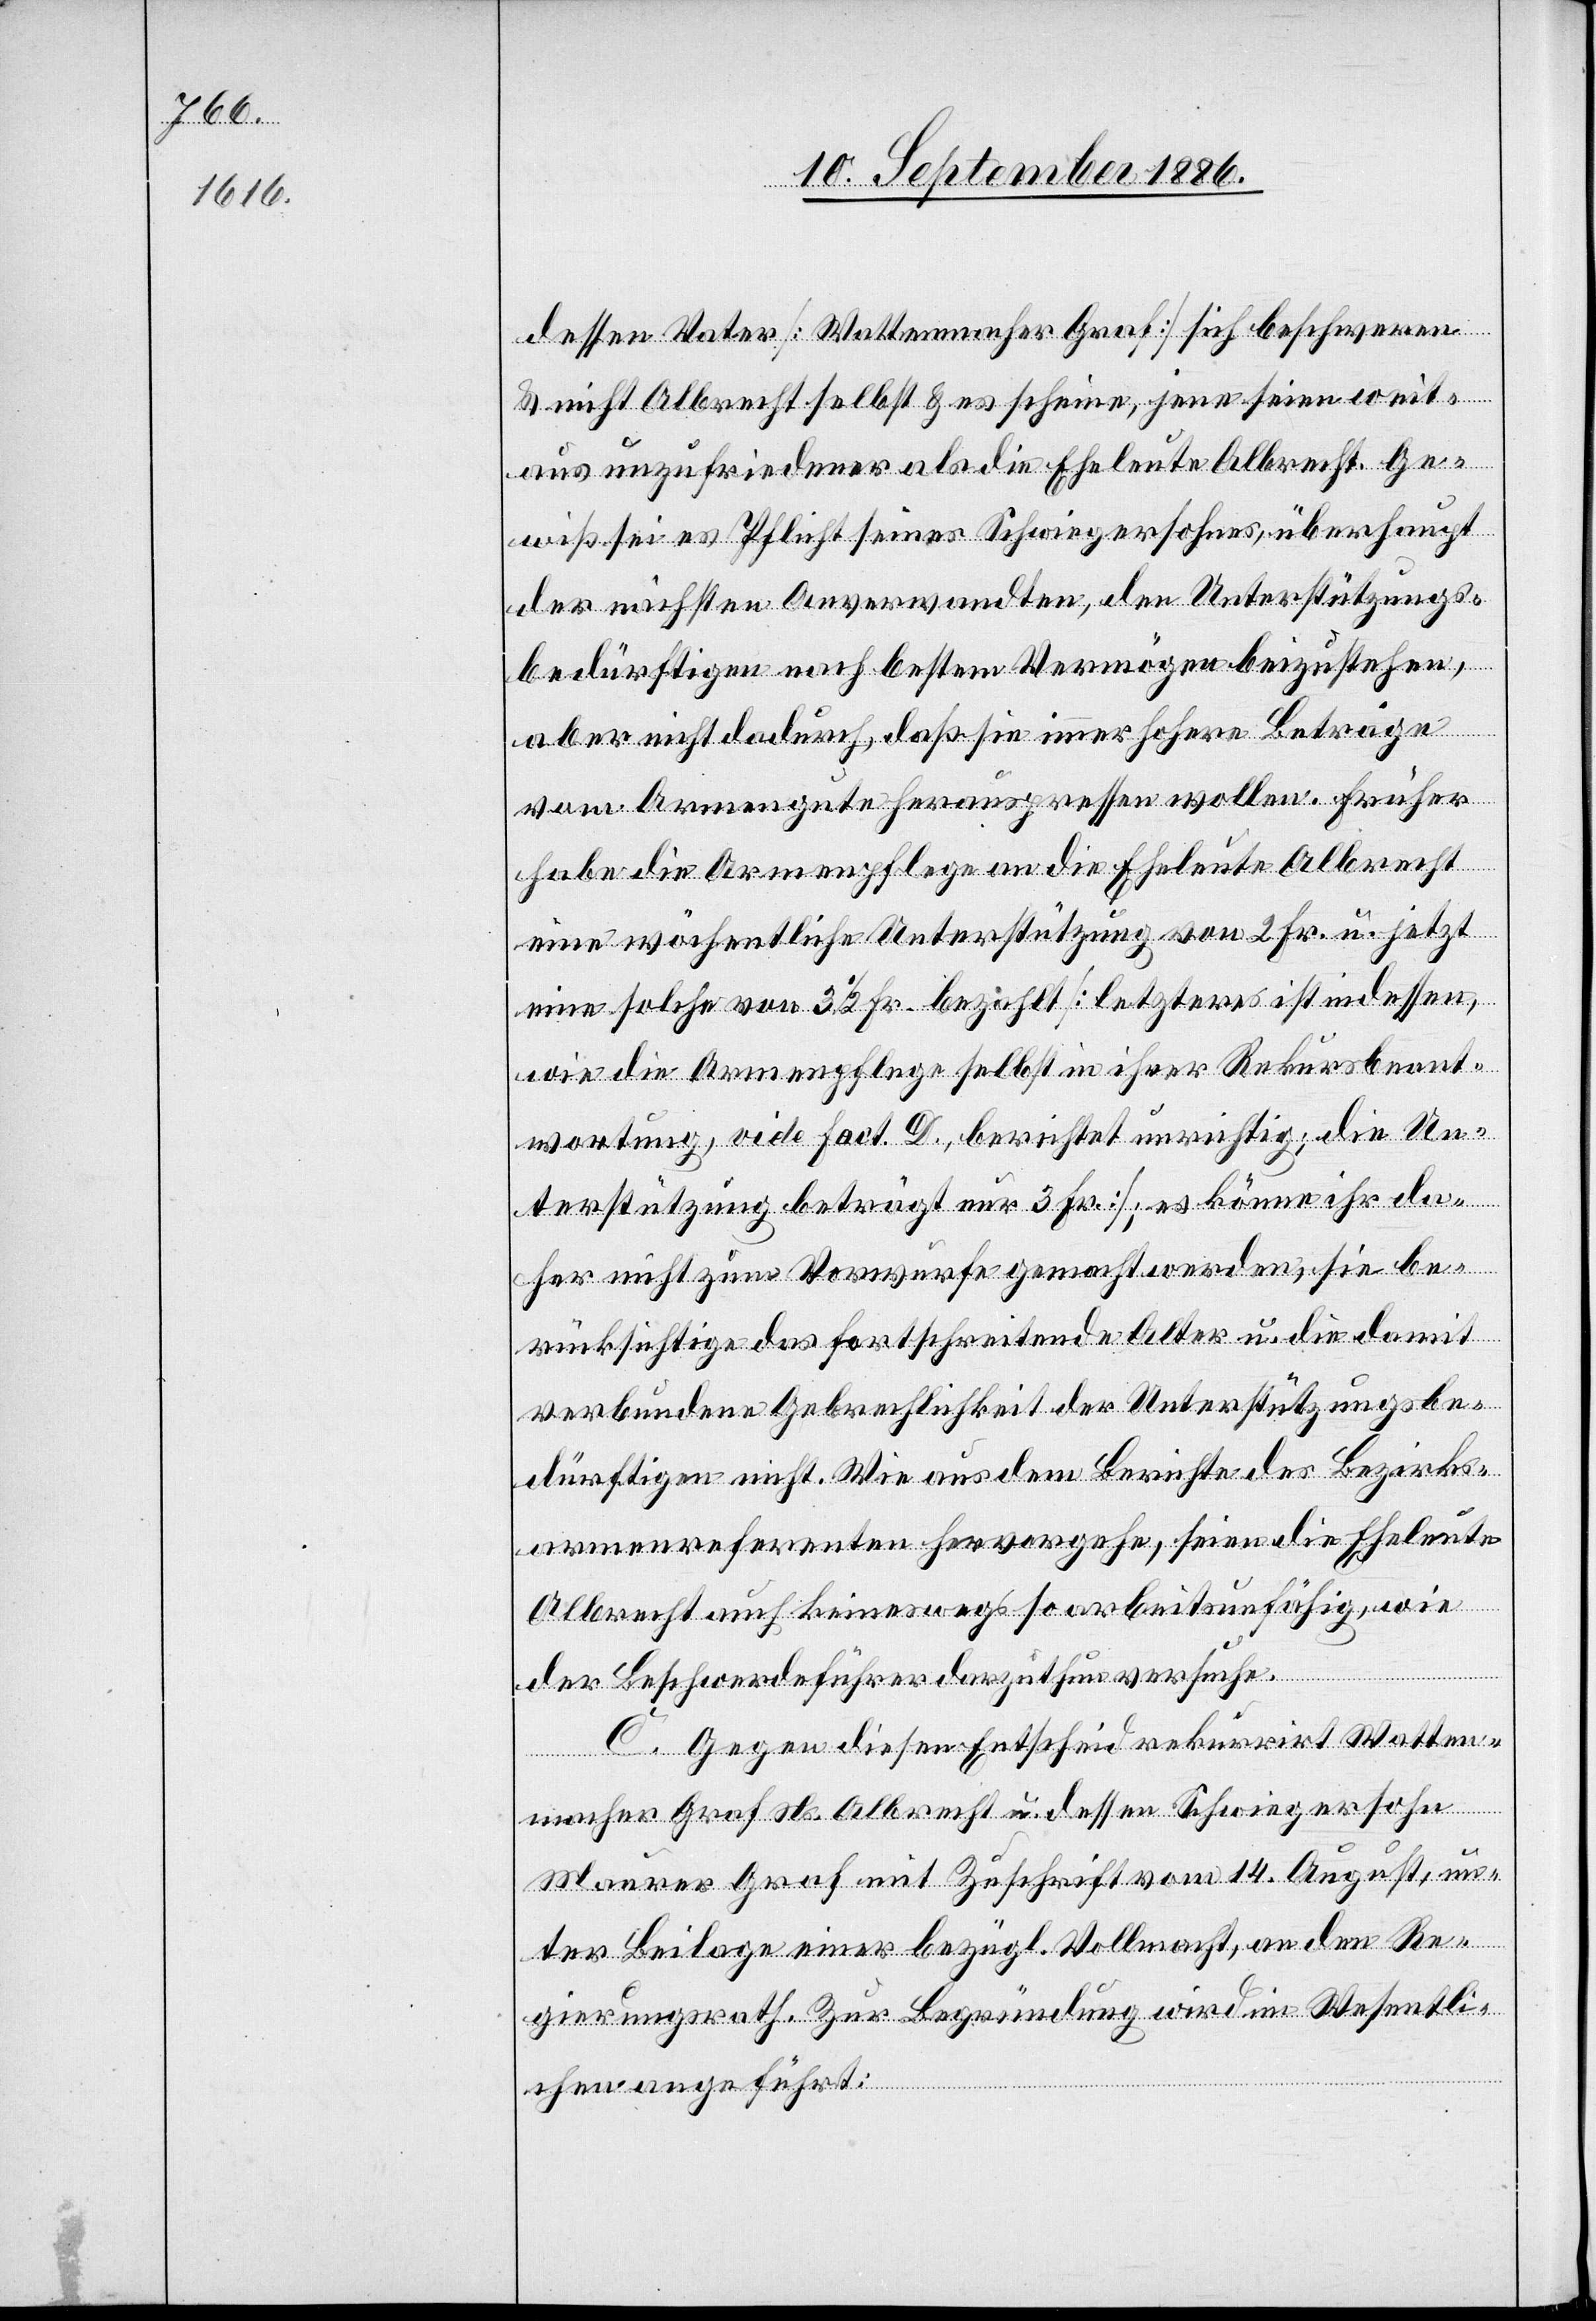
dessen Vater [Wattenmacher Graf] sich beschweren
& nicht Albrecht selbst & es scheine, jene seien weit¬
aus unzufriedener als die Eheleute Albrecht. Ge¬
wiß sei es Pflicht seines Schwiegersohnes, überhaupt
der nächsten Anverwandten, den Unterstützungs¬
bedürftigen nach bestem Vermögen beizustehen,
aber nicht dadurch, daß sie immer hohere [sic!] Beträge
vom Armengute herauspressen wollen. Früher
habe die Armenpflege an die Eheleute Albrecht
eine wöchentliche Unterstützung von 2 Fr. u. jetzt
eine solche von 3 1/2 Fr. bezahlt [letzteres ist indessen,
wie die Armenpflege selbst in ihrer Rekursbeant¬
wortung, vide Fact. D., berichtet unrichtig; die Un¬
terstützung beträgt nur 3 Fr.]; es könne ihr da¬
her nicht zum Vorwurfe gemacht werden, sie be¬
rücksichtige das fortschreitende Alter u. die damit
verbundene Gebrechlichkeit der Unterstützungsbe¬
dürftigen nicht. Wie aus dem Berichte des Bezirks¬
armenreferenten hervorgehe, seien die Eheleute
Albrecht auch keineswegs so arbeitsunfähig, wie
der Beschwerdeführer darzuthun versuche.
C. Gegen diesen Entscheid rekurrirt Watten¬
macher Graf Ns. Albrecht u. dessen Schwiegersohn
Maurer Graf mit Zuschrift vom 14. August, un¬
ter Beilage einer bezügl. Vollmacht, an den Re¬
gierungsrath. Zur Begründung wird im Wesentli¬
chen angeführt: